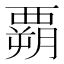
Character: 𲁌